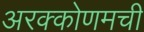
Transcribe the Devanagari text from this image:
अरक्कोणमची